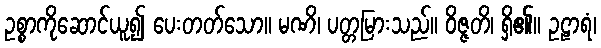
ဥစ္စာကိုဆောင်ယူ၍ ပေးတတ်သော။ မဏိ၊ ပတ္တမြားသည်။ ဝိဇ္ဇတိ၊ ရှိ၏။ ဥဠာရံ၊